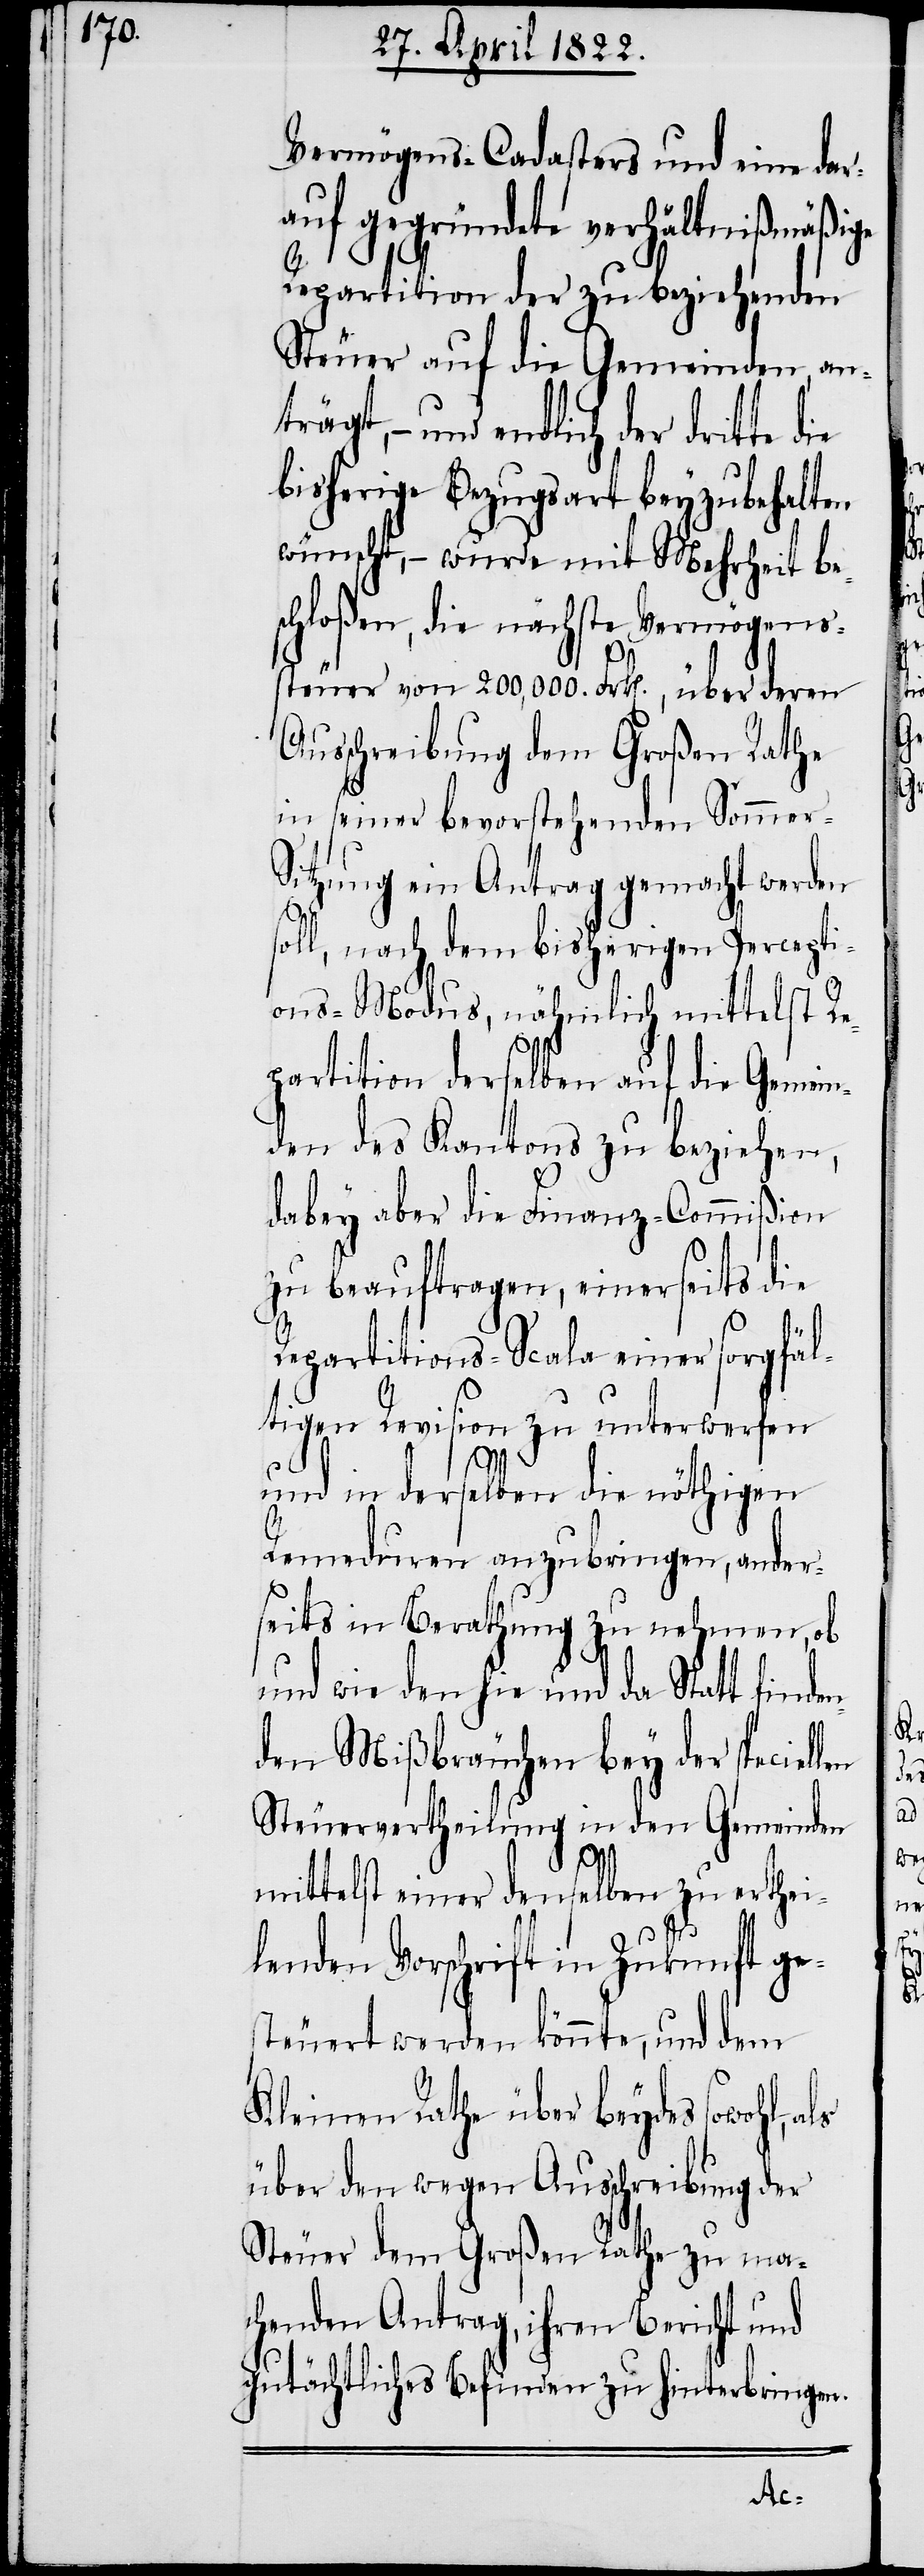
Vermögens-Cadasters und eine dar¬
auf gegründete verhältnißmäßige
Repartition der zu beziehenden
Steuer auf die Gemeinden, ant¬
rägt, – und endlich der dritte
bisherige Bezugsart beyzubehalten
wünscht, – wurde mit Mehrheit be¬
schloßen, die nächste Vermögens¬
steuer von 200,000 Frk[en]., über deren
Ausschreibung dem Großen Rathe
in seiner bevorstehenden Sommer-S¬
itzung ein Antrag gemacht werden
soll, nach dem bisherigen Percepti¬
ons-Modus, nähmlich mittelst R¬
epartition derselben auf die Gemein¬
den des Kantons zu beziehen,
dabey aber die Finanz-Commißion
zu beauftragen, einerseits die
Repartitions-Scala einer sorgfäl¬
tigen Revision zu unterwerfen
und in derselben die nöthigen
Remeduren anzubringen, ander¬
seits in Berathung zu nehmen, ob
und wie den hie und da Statt finden¬
den Mißbräuchen bey der speciel¬
Steuervertheilung in den Gemeinden
mittelst einer denselben zu erthei¬
lenden Vorschrift in Zukunft ge¬
steuert werden könnte, und dem
Kleinen Rathe über beydes sowohl,
über den wegen Ausschreibung der
Steuer dem Großen Rathe zu ma¬
chenden Antrag, ihren Bericht und
gutächtliches Befinden zu hinterbringen.
len